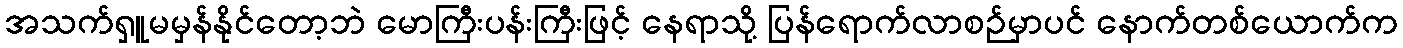
အသက်ရှူမမှန်နိုင်တော့ဘဲ မောကြီးပန်းကြီးဖြင့် နေရာသို့ ပြန်ရောက်လာစဉ်မှာပင် နောက်တစ်ယောက်က